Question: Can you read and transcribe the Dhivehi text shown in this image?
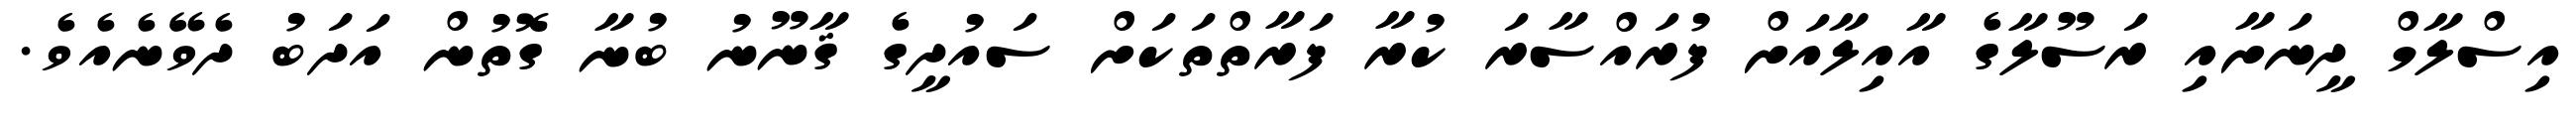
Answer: އިސްލާމް ދީނަށާއި ރަސޫލާގެ އާއިލާއަށް ފުރައްސާރަ ކުރާ ފަރާތްތަކަށް ސައުދީގެ ޤާނޫނު ބުނާ ގޮތުން އަދަބު ދެވޭނެއެވެ.